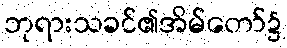
ဘုရားသခင်၏အိမ်တော်၌